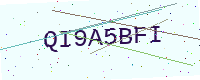
Text: QI9A5BFI